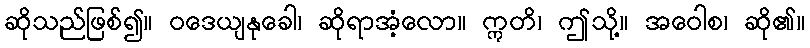
ဆိုသည်ဖြစ်၍။ ဝဒေယျနုခေါ၊ ဆိုရာအံ့လော။ ဣတိ၊ ဤသို့။ အဝေါစ၊ ဆို၏။